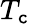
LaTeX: T_{\mathtt{c}}